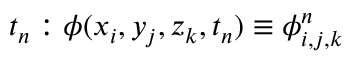
t _ { n } : \phi ( x _ { i } , y _ { j } , z _ { k } , t _ { n } ) \equiv \phi _ { i , j , k } ^ { n }